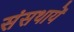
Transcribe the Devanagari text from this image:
संसथायें